Scottish Leaving Certificate Examination, 1955
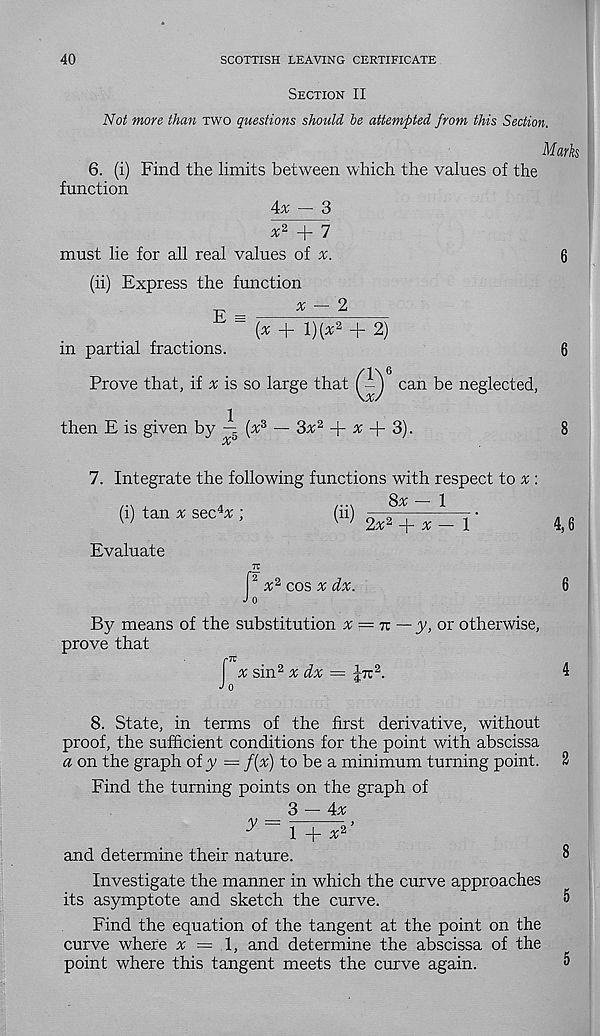
40
SCOTTISH LEAVING CERTIFICATE
Section II
Not more than two questions should be attempted from this Section.
Marks
6. (i) Find the limits between which the values of the
function
4* - 3
x 2 + 7
must lie for all real values of v.
6
(ii) Express the function
^
x — 2
(x + 1)(* 2 + 2)
in partial fractions.
©6
can be neglected,
then E is given by ^ (x 2 — 3x 2 + z + 3).
7. Integrate the following functions with respect to x :
(i) tan x sec%;
(ii)
^
2x 2 + x — 1
Evaluate
x 2 cos x dx.
By means of the substitution x = tz
prove that
x sin 2 x dx = Jtt 2 .
4,6
■ y, or otherwise,
8. State, in terms of the first derivative, without
proof, the sufficient conditions for the point with abscissa
a on the graph of y = f(x) to be a minimum turning point.
Find the turning points on the graph of
3
4*
y ~ \ + x 2 ’
and determine their nature.
Investigate the manner in which the curve approaches
its asymptote and sketch the curve.
Find the equation of the tangent at the point on the
curve where x —
and determine the abscissa of the
point where this tangent meets the curve again.